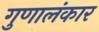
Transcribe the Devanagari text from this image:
गुणालंकार